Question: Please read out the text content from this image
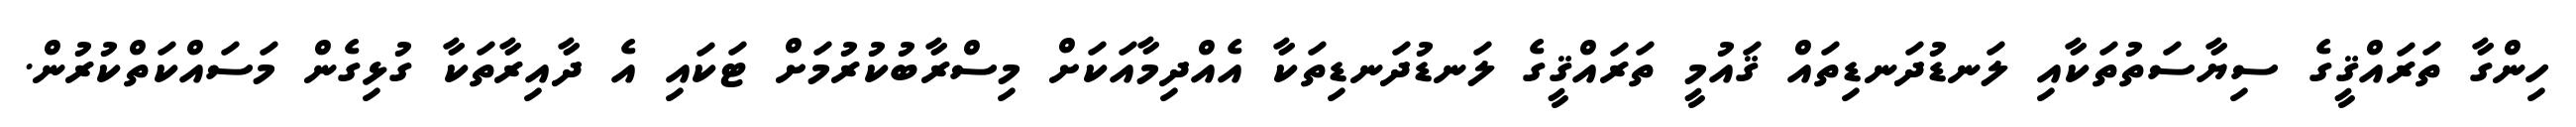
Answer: ހިންގާ ތަރައްޤީގެ ސިޔާސަތުތަކާއި ލަނޑުދަނޑިތައް ޤައުމީ ތަރައްޤީގެ ލަނޑުދަނޑިތަކާ އެއްދިމާއަކަށް މިސްރާބުކުރުމަށް ޓަކައި އެ ދާއިރާތަކާ ގުޅިގެން މަސައްކަތްކުރުން.